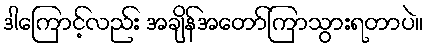
ဒါကြောင့်လည်း အချိန်အတော်ကြာသွားရတာပဲ။